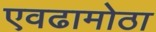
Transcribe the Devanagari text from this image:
एवढामोठा